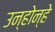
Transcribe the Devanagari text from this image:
उन्होन्हे